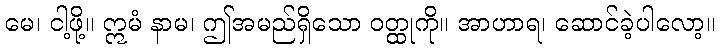
မေ၊ ငါ့ဖို့။ ဣမံ နာမ၊ ဤအမည်ရှိသော ဝတ္ထုကို။ အာဟာရ၊ ဆောင်ခဲ့ပါလော့။